Scottish Leaving Certificate Examination, 1958
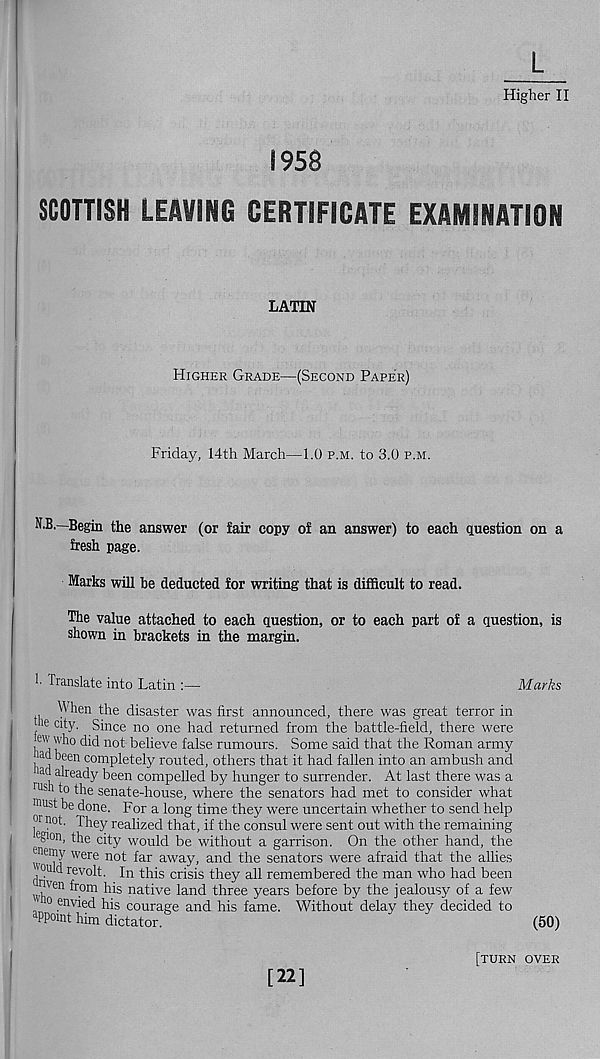
L
Higher II
1958
SCOTTISH LEAVING CERTIFICATE EXAMINATION
LATIN
Higher Grade—(Second Paper)
Friday, 14th March—1.0 p.m. to 3.0 p.m.
N.B.—Begin the answer (or fair copy of an answer) to each question on a
fresh page.
Marks will be deducted for writing that is difficult to read.
The value attached to each question, or to each part of a question, is
shown in brackets in the margin.
I Translate into Latin :—
Marks
When the disaster was first announced, there was great terror in
ne city. Since no one had returned from the battle-field, there were
, e '' 1 '''h° did not believe false rumours. Some said that the Roman army
'ad been completely routed, others that it had fallen into an ambush and
'ad already been compelled by hunger to surrender. At last there was a
rus 1 to the senate-house, where the senators had met to consider what
roust be done. For a long time they were uncertain whether to send help
°r not. They realized that, if the consul were sent out with the remaining
og'on, the city would be without a garrison. On the other hand, the
Were not far away, and the senators were afraid that the allies
J. revolt. In this crisis they all remembered the man who had been
l| Ven fr°m his native land three years before by the jealousy of a few
0 envied his courage and his fame. Without delay they decided to
a PPomt him dictator.
(50)
[22]
[turn over